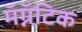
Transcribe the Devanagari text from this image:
मॅग्नॅटिक